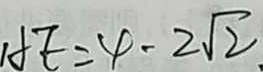
A E = 4 - 2 \sqrt { 2 }